Annual administration report of the Civil Veterinary Department, Sind - 1942-1943
Year: 1942
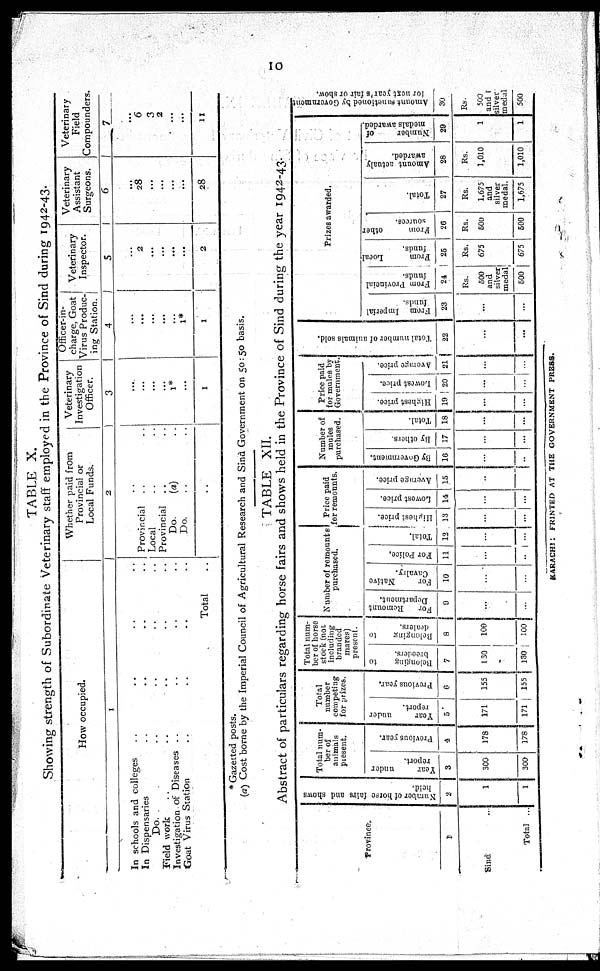
10
TABLE X.
Showing strength of Subordinate Veterinary staff employed in the Province of Sind during 1942-43.
How occupied.
1
In schools and colleges .. .... ..
In Dispensaries .. .. .. ..
Do .. .. .. ..
Field work .. .. .. .. ..
Investigation of Diseases .. .. .. ..
Goat Virus Station .. .. .. ..
Total .. .. ..
Whether paid from
Provincial or
Local Funds.
2
..
Provincial .. ..
Local .. ..
Provincial .. ..
Do.
(a) ..
Do. .. ..
..
Veterinary
Investigation
Officer.
3
...
...
...
...
1*
...
1
Officer-in-
charge, Goat
Virus Produc-
ing Station.
4
...
...
...
...
...
1*
1
Veterinary
Inspector.
5
...
2
...
...
...
...
2
Veterinary
Assistant
Surgeons.
6
...
28
...
...
...
...
28
Veterinary
Field
Compounders.
7
...
6
3
2
...
...
11
* Gazetted posts.
(a) Cost borne by the Imperial Council of Agricultural Research and Sind Government on 50:50 basis.
TABLE XII.
Abstract of particulars regarding horse fairs and shows held in the Province of Sind during the year 1942-43.
Province.
1
Sind
...
Total ...
Number of horse fairs and shows
held.
2
1
1
Total num-
ber of
animals
present.
Year
under
report.
3
300
300
Previous year.
4
178
178
Total
number
competing
for prizes.
Year
under
report.
5
171
171
Previous year.
6
155
155
Total num-
ber of horse
stock (not
including
branded
mares)
present.
Belonging
to
7
130
130
Belonging to
dealers.
8
100
100
Number of remounts
purchased.
For
Remount
Department.
9
...
...
For
Native
Cavalry.
10
...
...
For Pol i ce.
11
...
...
Tot al .
12
...
...
Price paid
for remounts.
Highest
price.
13
...
...
Lowest price.
14
...
...
Average price.
15
...
...
Number of
mules
purchased.
By Government.
16
...
...
By others.
17
...
...
Total.
18
...
...
Price paid
for mules by
Government.
Highest price.
19
...
...
Lowest price.
20
...
...
Average
price.
21
...
...
Total number of animals sold.
22
...
...
Prizes awarded.
From Imperial
funds.
23
...
...
From Provincial
funds.
24
Rs.
500
and
silver
medal
500
Fr om Local
funds.
25
Rs.
675
675
Fr om other
sources.
26
Rs.
500
500
Total.
27
Rs.
1,.675
and
silver
medal.
1,675
Amount actualy
awarded.
28
Rs.
1,010
1,010
Number
of
medals awarded.
29
1
1
Amount sanctioned by Government
lor next year's fair or show.
30
Rs.
500
and
silver
medal
500
KARACHI : FRINTED AT THE GOVERNMENT PRESS.